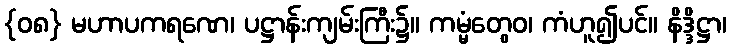
{၀၈} မဟာပကရဏေ၊ ပဋ္ဌာန်းကျမ်းကြီး၌။ ကမ္မံတွေဝ၊ ကံဟူ၍ပင်။ နိဒ္ဒိဋ္ဌာ၊